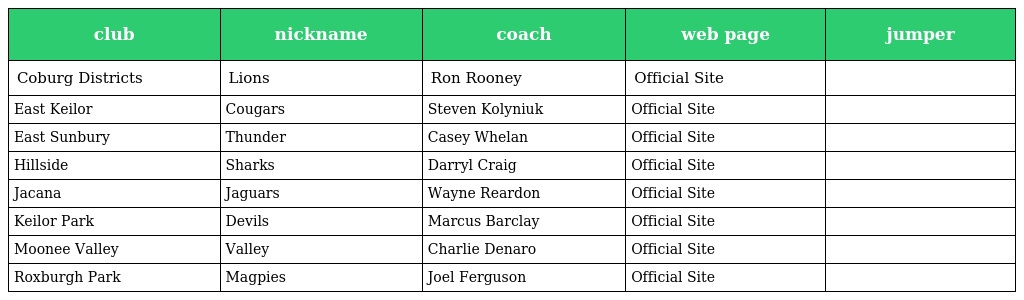
| club | nickname | coach | web page | jumper |
 | --- | --- | --- | --- | --- |
 | Coburg Districts | Lions | Ron Rooney | Official Site |  |
 | East Keilor | Cougars | Steven Kolyniuk | Official Site |  |
 | East Sunbury | Thunder | Casey Whelan | Official Site |  |
 | Hillside | Sharks | Darryl Craig | Official Site |  |
 | Jacana | Jaguars | Wayne Reardon | Official Site |  |
 | Keilor Park | Devils | Marcus Barclay | Official Site |  |
 | Moonee Valley | Valley | Charlie Denaro | Official Site |  |
 | Roxburgh Park | Magpies | Joel Ferguson | Official Site |  |